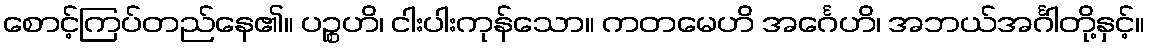
စောင့်ကြပ်တည်နေ၏။ ပဉ္စဟိ၊ ငါးပါးကုန်သော။ ကတမေဟိ အင်္ဂေဟိ၊ အဘယ်အင်္ဂါတို့နှင့်။